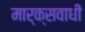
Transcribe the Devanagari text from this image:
मार्क्सवाधी